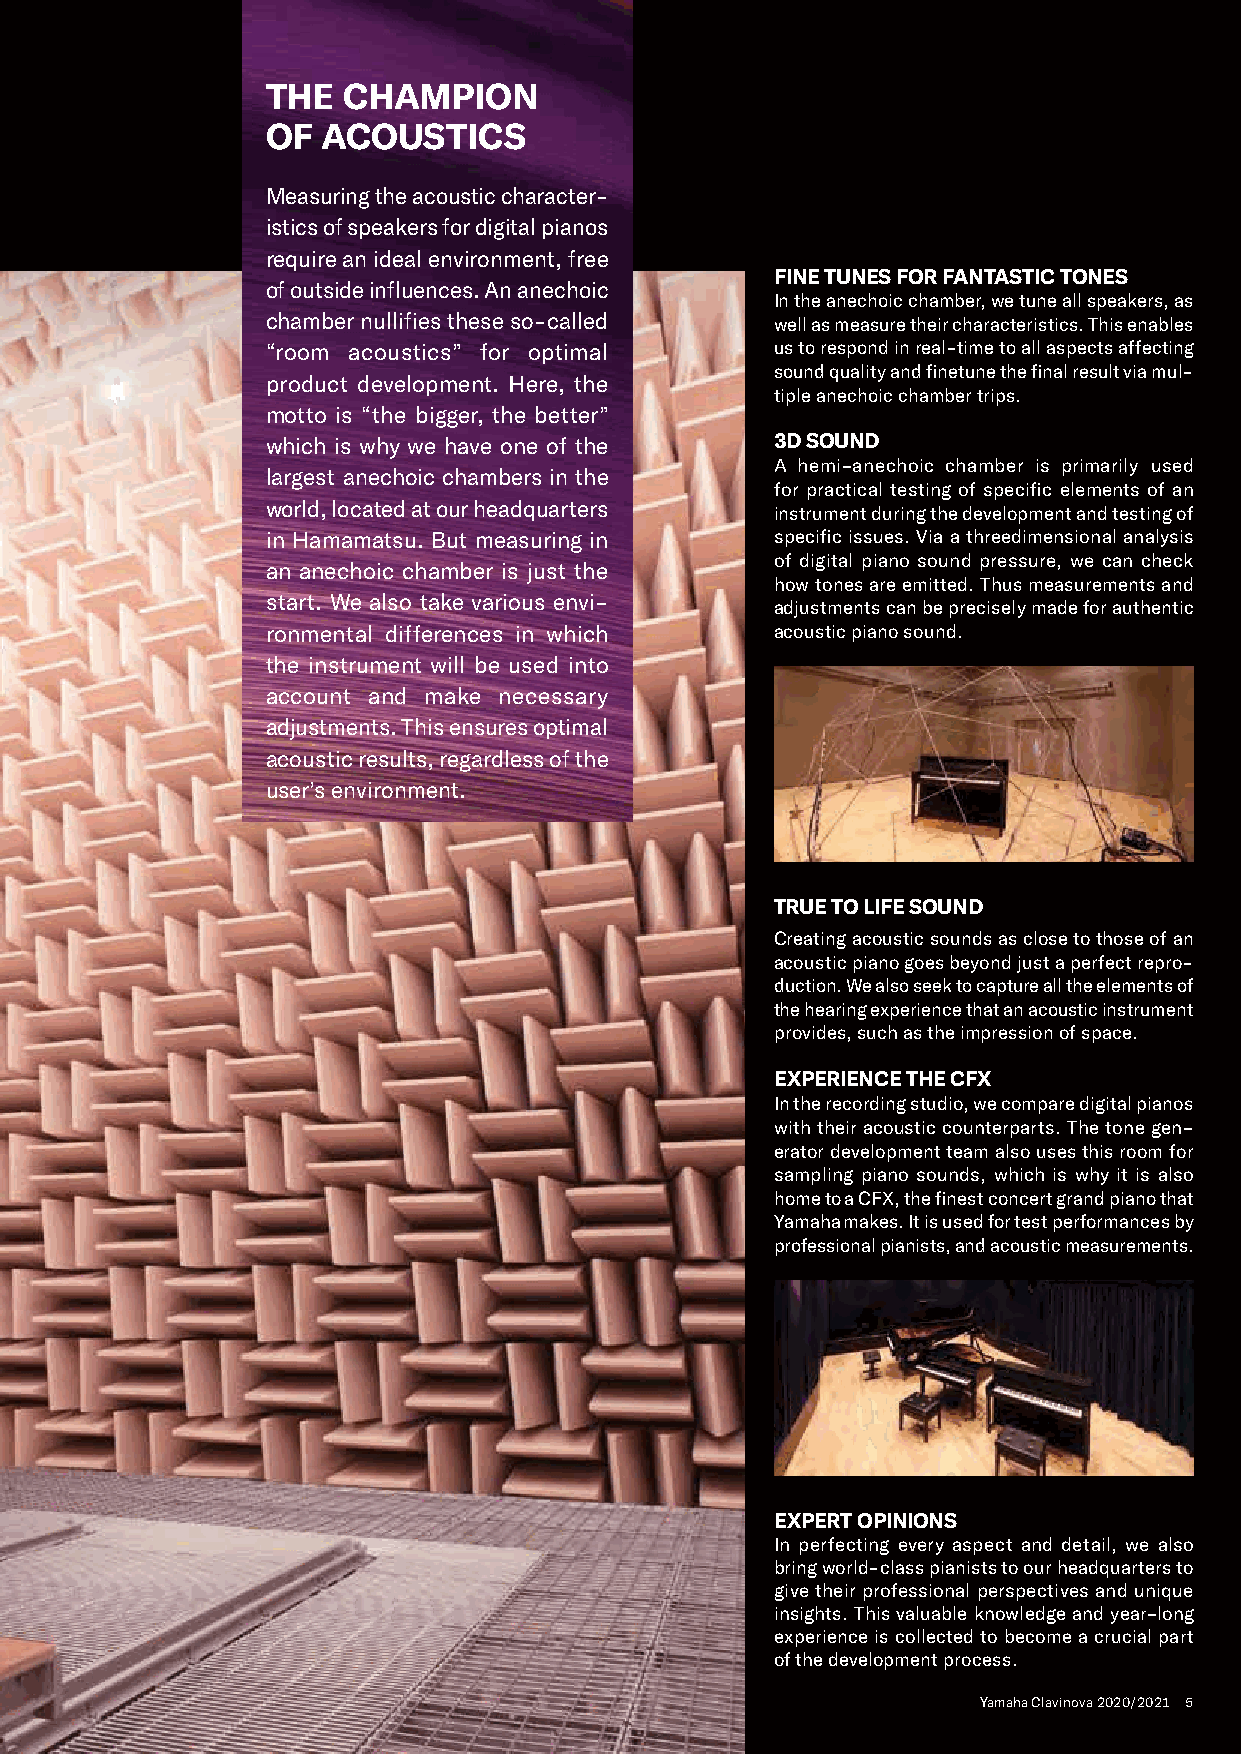
THE  CHAMPION
 OF ACOUSTICS
 Measuring the acoustic character-
 istics of speakers for digital pianos
 require an ideal environment, free
 FINE TUNES FOR FANTASTIC TONES
 of outside influences. An anechoic
 In the anechoic chamber, we tune all speakers, as
 chamber nullifies these so-called well as measure their characteristics. This enables
 “room acoustics” for optimal     us to respond in real-time to all aspects affecting
 sound quality and finetune the final result via mul-
 product development. Here, the
 tiple anechoic chamber trips.
 motto is “the bigger, the better”
 which is why we have one of the  3D SOUND
 A hemi-anechoic chamber is primarily used
 largest anechoic chambers in the
 for practical testing of specific elements of an
 world, located at our headquarters
 instrument during the development and testing of
 in Hamamatsu. But measuring in   specific issues. Via a threedimensional analysis
 of digital piano sound pressure, we can check
 an anechoic chamber is just the
 how tones are emitted. Thus measurements and
 start. We also take various envi-
 adjustments can be precisely made for authentic
 ronmental differences in which   acoustic piano sound.
 the instrument will be used into
 account and make necessary
 adjustments. This ensures optimal
 acoustic results, regardless of the
 user’s environment.
 TRUE TO LIFE SOUND
 Creating acoustic sounds as close to those of an
 acoustic piano goes beyond just a perfect repro-
 duction. We also seek to capture all the elements of
 the hearing experience that an acoustic instrument
 provides, such as the impression of space.
 EXPERIENCE THE CFX
 In the recording studio, we compare digital pianos
 with their acoustic counterparts. The tone gen-
 erator development team also uses this room for
 sampling piano sounds, which is why it is also
 home to a CFX, the finest concert grand piano that
 Yamaha makes. It is used for test performances by
 professional pianists, and acoustic measurements.
 EXPERT OPINIONS
 In perfecting every aspect and detail, we also
 bring world-class pianists to our headquarters to
 give their professional perspectives and unique
 insights. This valuable knowledge and year-long
 experience is collected to become a crucial part
 of the development process.
 Yamaha Clavinova 2020/2021 5